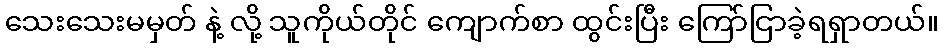
သေးသေးမမှတ် နဲ့ လို့ သူကိုယ်တိုင် ကျောက်စာ ထွင်းပြီး ကြော်ငြာခဲ့ရရှာတယ်။